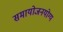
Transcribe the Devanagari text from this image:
समायोजनयोग्‍य